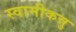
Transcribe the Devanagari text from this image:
स्वामीकन्नु